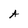
Character: A